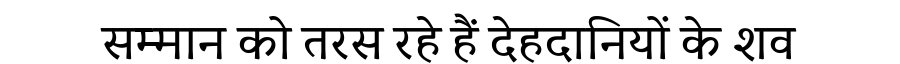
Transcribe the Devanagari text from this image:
सम्मान को तरस रहे हैं देहदानियों के शव